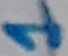
Text: 1